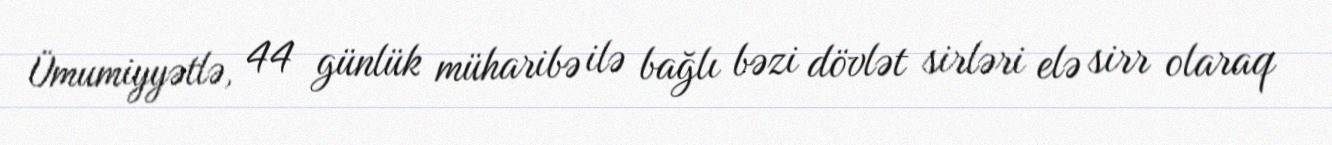
Ümumiyyətlə, 44 günlük müharibə ilə bağlı bəzi dövlət sirləri elə sirr olaraq